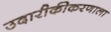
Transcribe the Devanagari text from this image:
उदारीकीकरणाला